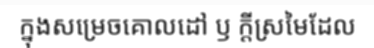
ក្នុងសម្រេចគោលដៅ ឫ ក្តីស្រមៃដែល